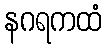
နဂရကထံ